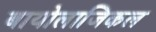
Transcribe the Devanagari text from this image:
बायोलाजिकल